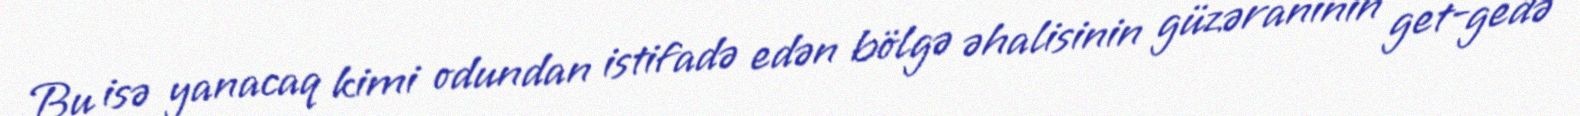
Bu isə yanacaq kimi odundan istifadə edən bölgə əhalisinin güzəranının get-gedə